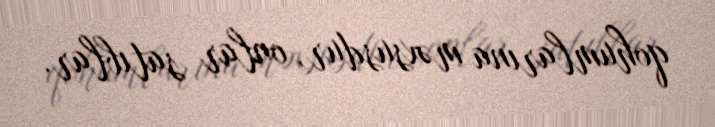
qohumlarına məxsusdur, onlar satıblar.